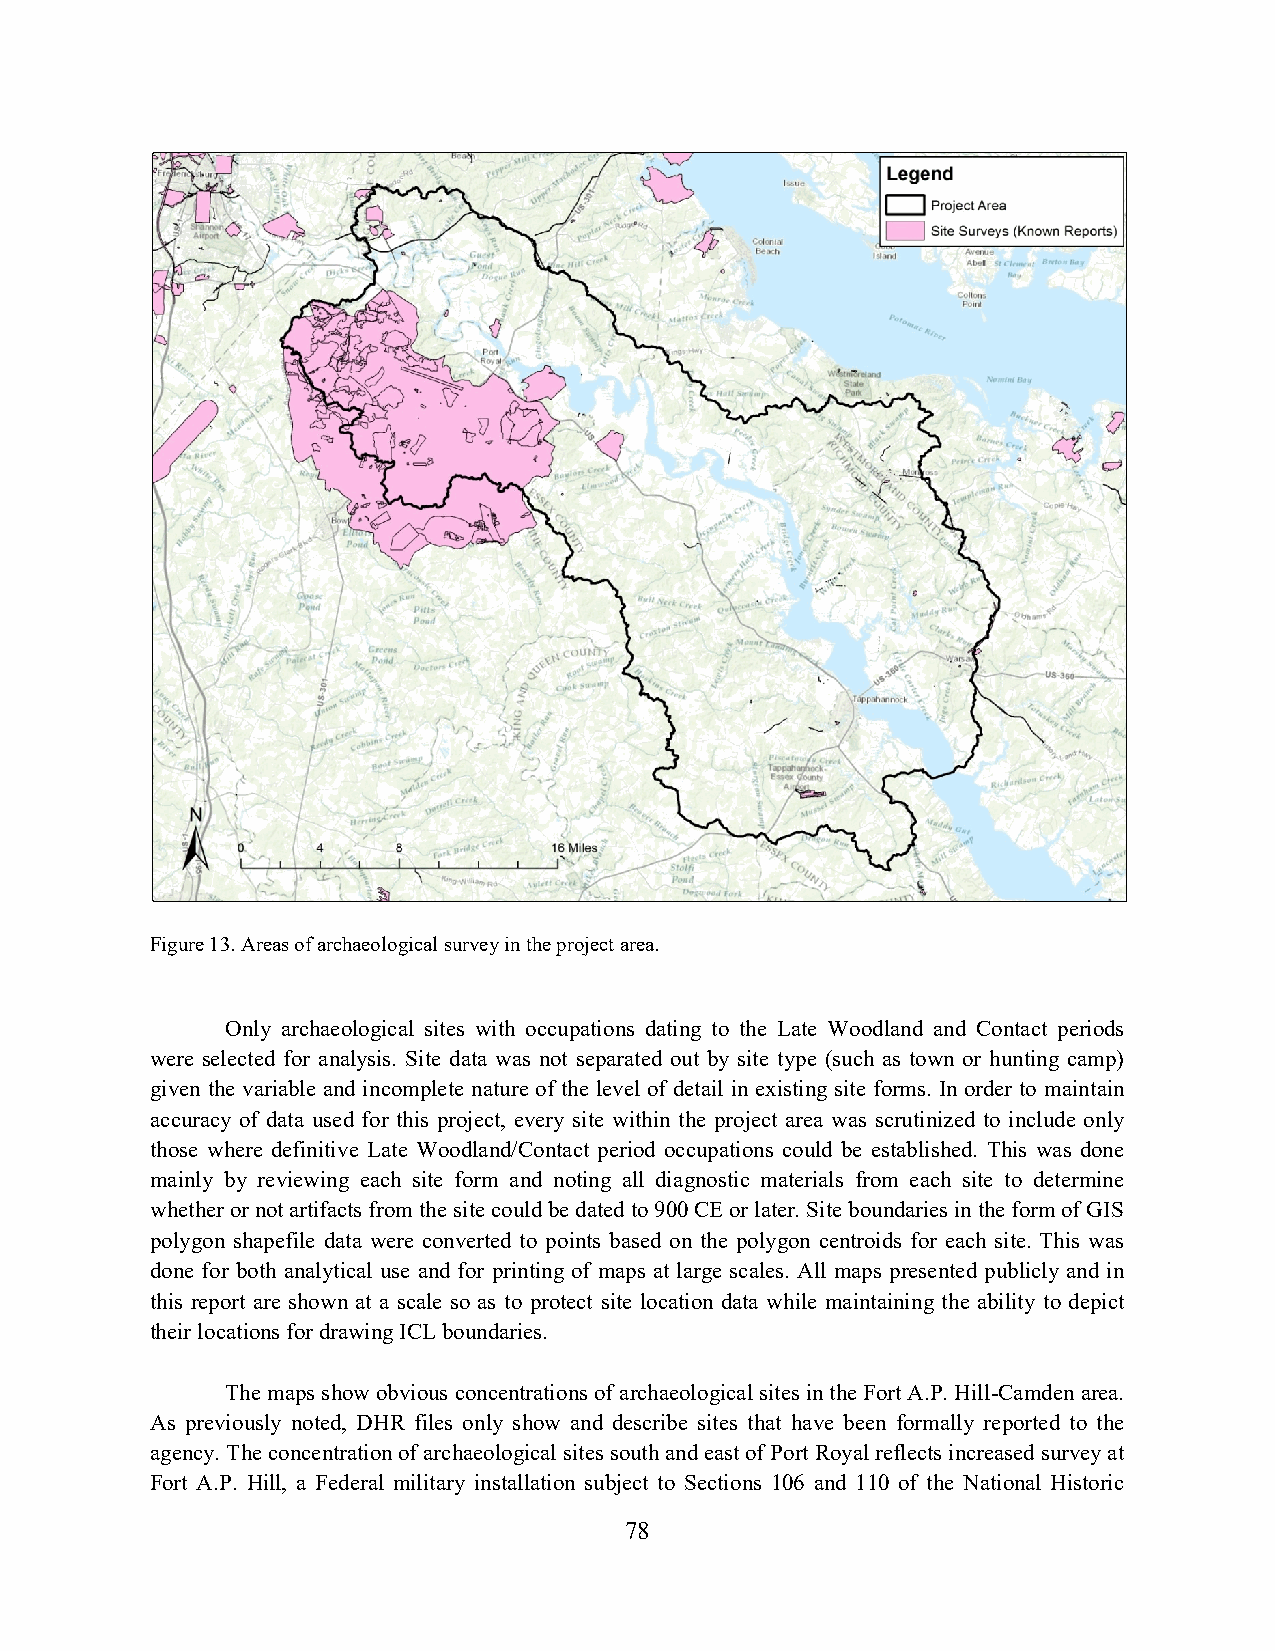
Figure 13. Areas of archaeological survey in the project area.
 Only archaeological sites with occupations dating to the Late Woodland and Contact periods
 were selected for analysis. Site data was not separated out by site type (such as town or hunting camp)
 given the variable and incomplete nature of the level of detail in existing site forms. In order to maintain
 accuracy of data used for this project, every site within the project area was scrutinized to include only
 those where definitive Late Woodland/Contact period occupations could be established. This was done
 mainly by reviewing each site form and noting all diagnostic materials from each site to determine
 whether or not artifacts from the site could be dated to 900 CE or later. Site boundaries in the form of GIS
 polygon shapefile data were converted to points based on the polygon centroids for each site. This was
 done for both analytical use and for printing of maps at large scales. All maps presented publicly and in
 this report are shown at a scale so as to protect site location data while maintaining the ability to depict
 their locations for drawing ICL boundaries.
 The maps show obvious concentrations of archaeological sites in the Fort A.P. Hill-Camden area.
 As previously noted, DHR files only show and describe sites that have been formally reported to the
 agency. The concentration of archaeological sites south and east of Port Royal reflects increased survey at
 Fort A.P. Hill, a Federal military installation subject to Sections 106 and 110 of the National Historic
 78